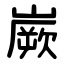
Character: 嶡